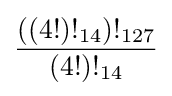
{\frac {((4!)!_{14})!_{127}}{(4!)!_{14}}}